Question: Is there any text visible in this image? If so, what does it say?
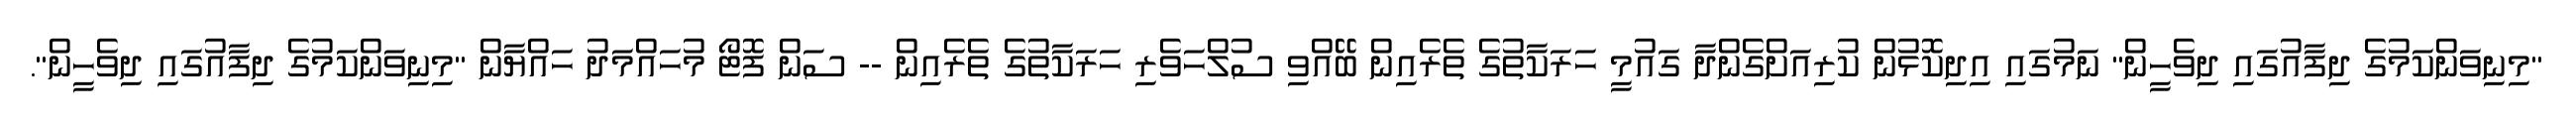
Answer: "މިނިވަންކަމުގެ ދިފާއުގައި ދިވެހީން" ނަމުގައި އިދިކޮޅުން ކުރިއަށްގެންދާ ގައުމީ ހަރަކާތުގެ ތެރެއިން ބޭއްވި ސުލްހަވެރި ހަރަކާތުގެ ތެރެއިން -- ސަން ފޮޓޯ މުހައްމަދު ހައްޔާން "މިނިވަންކަމުގެ ދިފާއުގައި ދިވެހީން".